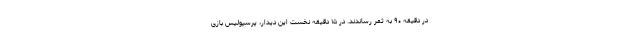
در دقیقه ۹۰ به ثمر رساندند. در ۱۵ دقیقه نخست این دیدار، پرسپولیس بازی